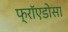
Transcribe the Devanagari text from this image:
फ्रॉएडोसा